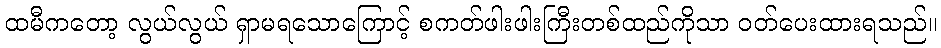
ထမီကတော့ လွယ်လွယ် ရှာမရသောကြောင့် စကတ်ဖါးဖါးကြီးတစ်ထည်ကိုသာ ဝတ်ပေးထားရသည်။